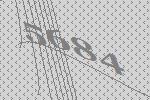
5684